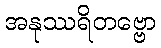
အနုဿရိတဗ္ဗော